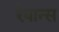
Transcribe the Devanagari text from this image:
रैवान्स